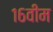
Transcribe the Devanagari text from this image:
१६वीम